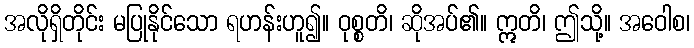
အလိုရှိတိုင်း မပြုနိုင်သော ရဟန်းဟူ၍။ ဝုစ္စတိ၊ ဆိုအပ်၏။ ဣတိ၊ ဤသို့။ အဝေါစ၊